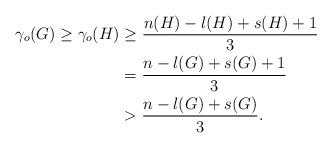
LaTeX: \begin{align*}\gamma_{o}(G)\geq \gamma_{o}(H) & \geq\frac{n(H)-l(H)+s(H)+1}{3}\\& =\frac{n-l(G)+s(G)+1}{3}\\& >\frac{n-l(G)+s(G)}{3}.\end{align*}